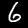
Label: 6